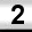
Digit: 2